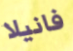
فانيلا